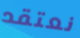
نعتقد